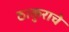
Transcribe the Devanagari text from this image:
ठाकुराचे